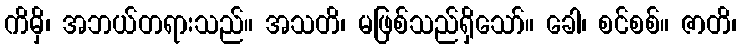
ကိမှိ၊ အဘယ်တရားသည်။ အသတိ၊ မဖြစ်သည်ရှိသော်။ ခေါ၊ စင်စစ်။ ဇာတိ၊